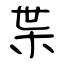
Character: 枼